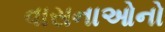
વાસનાઓનો